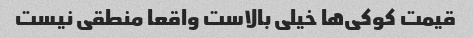
قیمت کوکی‌ها خیلی بالاست واقعا منطقی نیست